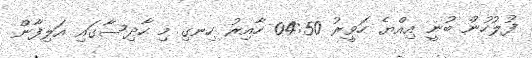
ފުލުހުން ބުނީ އިއްޔެ ހަވީރު 04:50 ހާއިރު ހިނގި މި ހާދިސާގައި އަލިފާން